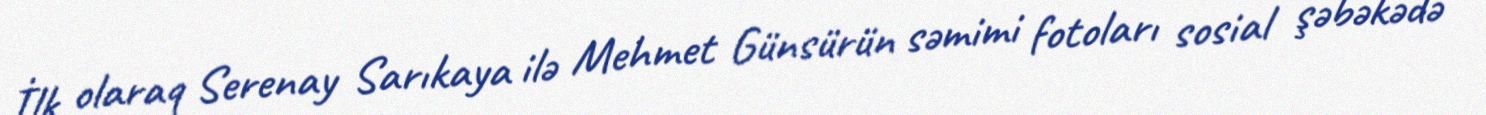
İlk olaraq Serenay Sarıkaya ilə Mehmet Günsürün səmimi fotoları sosial şəbəkədə